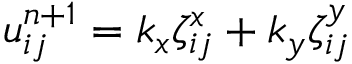
\begin{array} { r } { u _ { i j } ^ { n + 1 } = k _ { x } \zeta _ { i j } ^ { x } + k _ { y } \zeta _ { i j } ^ { y } } \end{array}